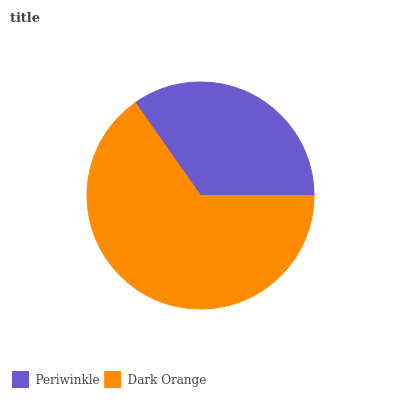
| Periwinkle | Dark Orange |
 | --- | --- |
 | 34.7% | 65.3% |